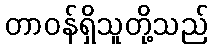
တာဝန်ရှိသူတို့သည်